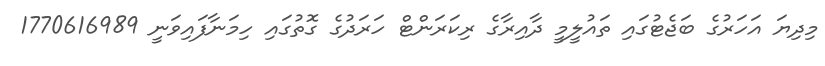
މިދިޔަ އަހަރުގެ ބަޖެޓުގައި ތައުލީމީ ދާއިރާގެ ރިކަރަންޓް ހަރަދުގެ ގޮތުގައި ހިމަނާފައިވަނީ 1770616989